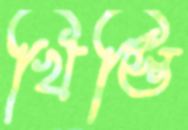
খিস্তি